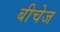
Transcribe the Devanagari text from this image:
बीचेज